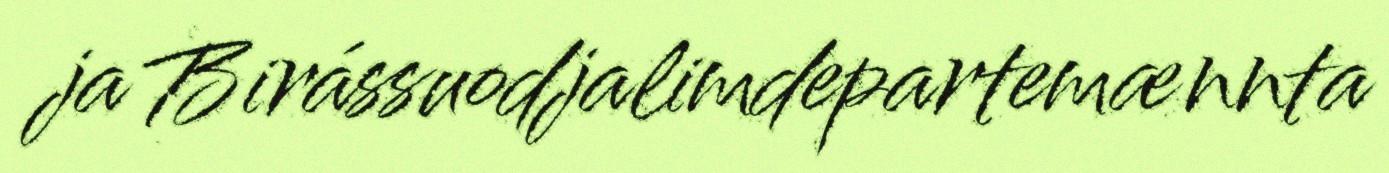
ja Birássuodjalimdepartemænnta